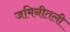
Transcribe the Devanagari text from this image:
जमिनीतली